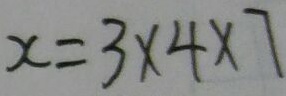
x = 3 \times 4 \times 7